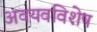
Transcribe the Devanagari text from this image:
अवयवविशेष